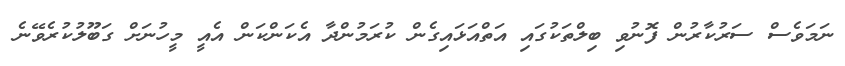
ނަމަވެސް ސަރުކާރުން ފޮނުވި ބިލްތަކުގައި އަތްއަޅައިގެން ކުރަމުންދާ އެކަންކަން އެއީ މީހުނަށް ގަބޫލުކުރެވޭނެ